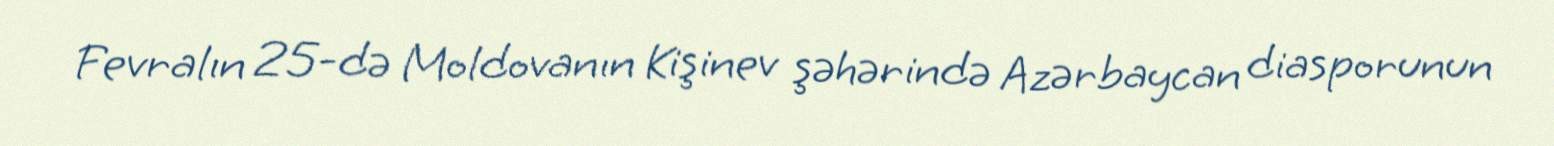
Fevralın 25-də Moldovanın Kişinev şəhərində Azərbaycan diasporunun